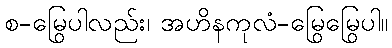
စ-မြွေပါလည်း၊ အဟိနကုလံ-မြွေမြွေပါ။